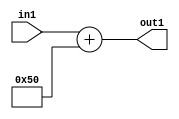
`timescale 1ps / 1ps
/*****************************************************************************
    Verilog RTL Description
    
    
    Created by: Stratus DpOpt 2019.1.01 
*******************************************************************************/

module DC_Filter_Add_12U_194_4 (
	in1,
	out1
	); /* architecture "behavioural" */ 
input [11:0] in1;
output [11:0] out1;
wire [11:0] asc001;

assign asc001 = 
	+(in1)
	+(12'B000001010000);

assign out1 = asc001;
endmodule

/* CADENCE  urnySgg= : u9/ySgnWtBlWxVPRXgAZ4Og= ** DO NOT EDIT THIS LINE ******/